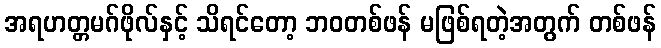
အရဟတ္တမဂ်ဖိုလ်နှင့် သိရင်တော့ ဘဝတစ်ဖန် မဖြစ်ရတဲ့အတွက် တစ်ဖန်